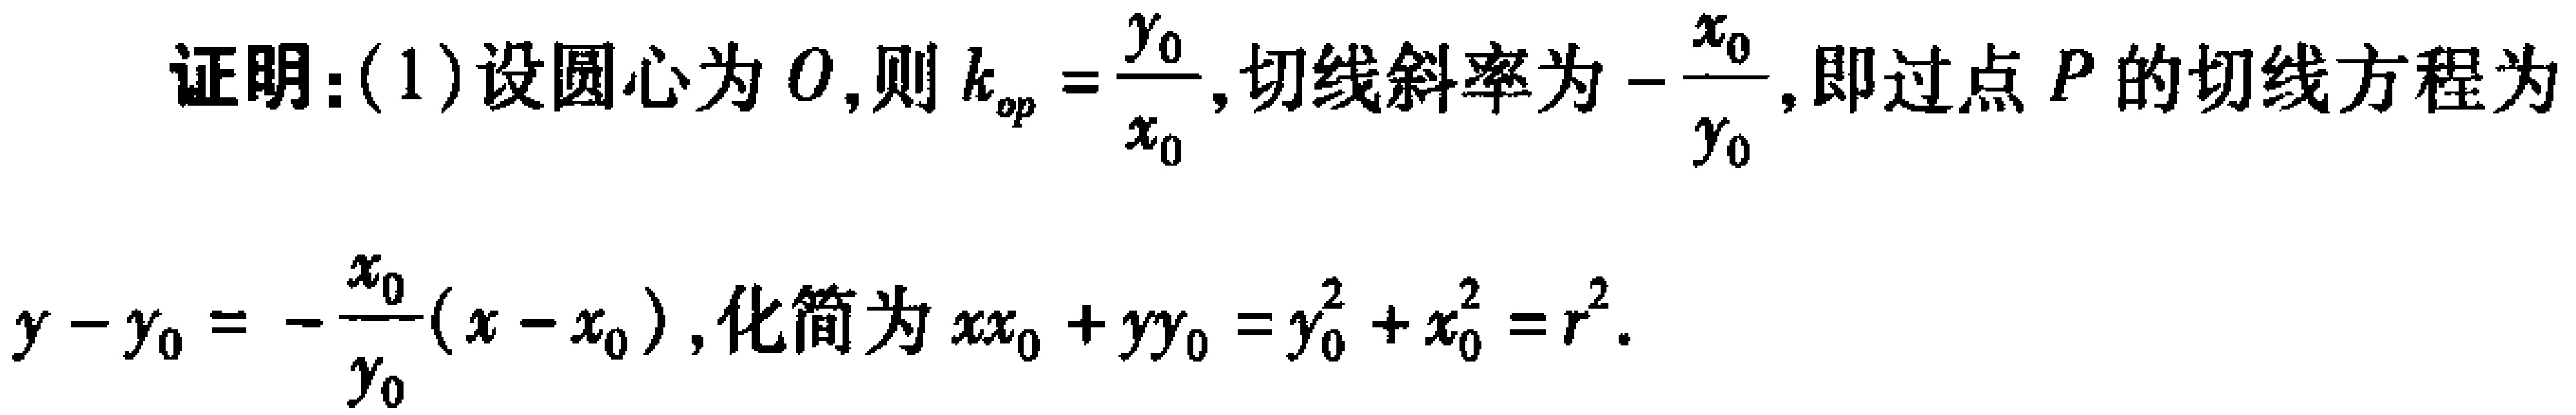
证明：(1)设圆心为\(O\)，则\(k_{op}=\frac{y_{0}}{x_{0}}\)，切线斜率为\(-\frac{x_{0}}{y_{0}}\)，即过点\(P\)的切线方程为\(y - y_{0}=-\frac{x_{0}}{y_{0}}(x - x_{0})\)，化简为\(xx_{0}+yy_{0}=y_{0}^{2}+x_{0}^{2}=r^{2}\)。